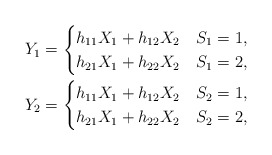
\begin{align*}Y_1 = \begin{cases}h_{11}X_{1}+h_{12}X_2 & S_1=1,\\ h_{21}X_{1}+h_{22}X_2 & S_1=2,\end{cases}\\Y_2 = \begin{cases} h_{11}X_{1}+h_{12}X_2& S_2=1,\\h_{21}X_{1}+h_{22}X_2& S_2= 2,\end{cases}\end{align*}